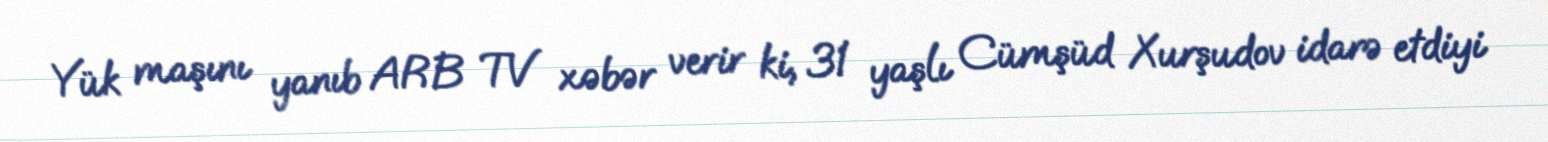
Yük maşını yanıb ARB TV xəbər verir ki, 31 yaşlı Cümşüd Xurşudov idarə etdiyi